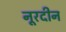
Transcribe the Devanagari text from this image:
नूरदीन